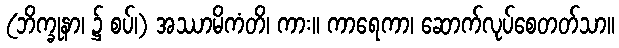
(ဘိက္ခုနာ၊ ၌ စပ်၊) အဿာမိကံတိ၊ ကား။ ကာရေကာ၊ ဆောက်လုပ်စေတတ်သာ။